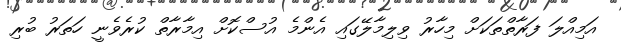
އަމިއްލަ ފަރާތްތަކަށް މިހާރު ވިލިމާލޭގައި އެންމެ އުސްކޮށް އިމާރާތް ކުރެވެނީ ހަތަރު ބުރި